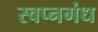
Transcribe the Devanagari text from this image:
स्वप्नगंध